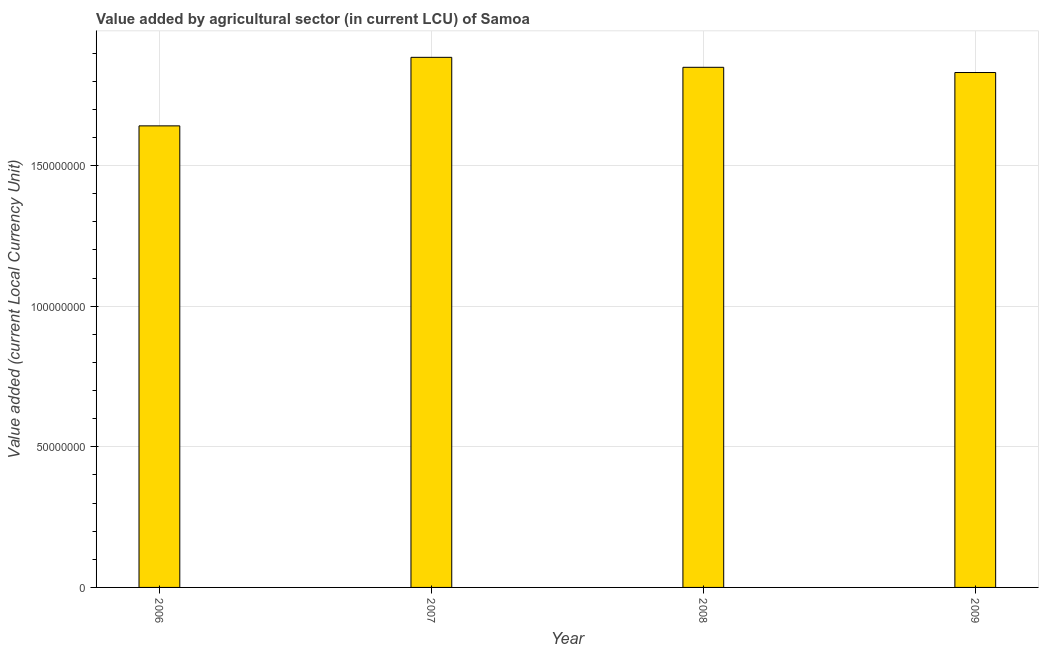
| Year | Agriculture |
 | --- | --- |
 | 2006 | 1.64e+08 |
 | 2007 | 1.88e+08 |
 | 2008 | 1.85e+08 |
 | 2009 | 1.83e+08 |